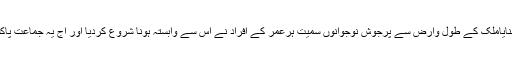
انہوںنے پاک سرزمین پارٹی کے نام سے پلیٹ فارم کیا بنایاملک کے طول وارض سے پرجوش نوجوانوں سمیت ہرعمر کے افراد نے اس سے وابستہ ہونا شروع کردیا اور آج یہ جماعت پاکستان کی چند بڑی پارٹیوں میں اپنا منفرد مقام رکھتی ہے۔